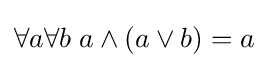
\forall a\forall b\;a\wedge (a\vee b)=a